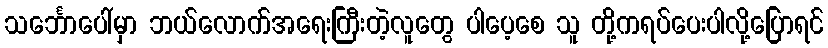
သင်္ဘောပေါ်မှာ ဘယ်လောက်အရေးကြီးတဲ့လူတွေ ပါပေ့စေ သူ တို့ကရပ်ပေးပါလို့ပြောရင်